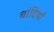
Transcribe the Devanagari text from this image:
बांदियाँ